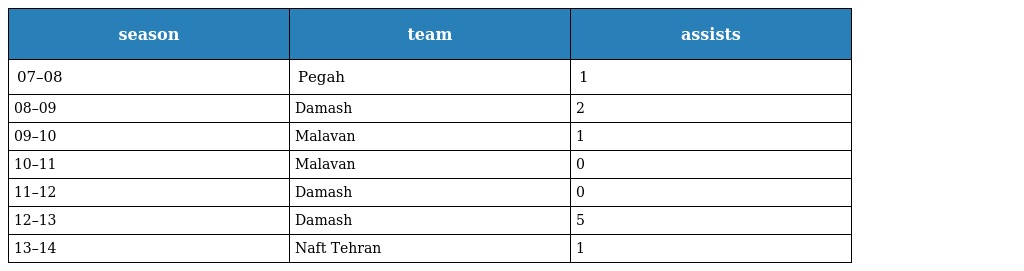
| season | team | assists |
 | --- | --- | --- |
 | 07–08 | Pegah | 1 |
 | 08–09 | Damash | 2 |
 | 09–10 | Malavan | 1 |
 | 10–11 | Malavan | 0 |
 | 11–12 | Damash | 0 |
 | 12–13 | Damash | 5 |
 | 13–14 | Naft Tehran | 1 |